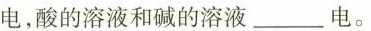
电，酸的溶液和碱的溶液___电。